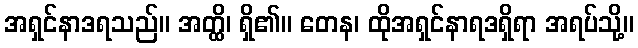
အရှင်နာဒရသည်။ အတ္ထိ၊ ရှိ၏။ တေန၊ ထိုအရှင်နာရဒရှိရာ အရပ်သို့။